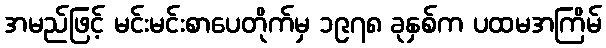
အမည်ဖြင့် မင်းမင်းစာပေတိုက်မှ ၁၉၇၈ ခုနှစ်က ပထမအကြိမ်